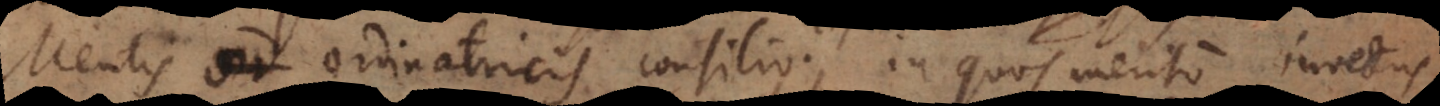
Mentis ordinatricis consilio; in quos merito invectus